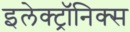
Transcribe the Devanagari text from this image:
इलेक्ट्राॅनिक्स